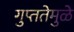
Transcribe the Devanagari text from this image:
गुप्ततेमुळे